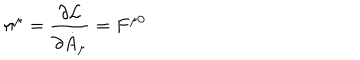
\pi ^ { \mu } = \frac { \partial { \cal L } } { \partial { \dot { A } } _ { \mu } } = F ^ { \mu 0 }